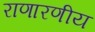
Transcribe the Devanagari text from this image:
राणारणीय